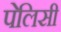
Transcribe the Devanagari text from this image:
पेलिसी